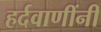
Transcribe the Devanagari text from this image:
हर्दवाणींनी